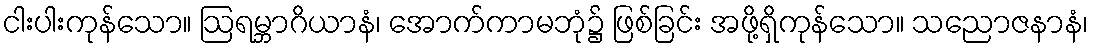
ငါးပါးကုန်သော။ ဩရမ္ဘာဂိယာနံ၊ အောက်ကာမဘုံ၌ ဖြစ်ခြင်း အဖို့ရှိကုန်သော။ သညောဇနာနံ၊